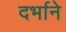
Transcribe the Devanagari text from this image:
दर्भाने